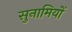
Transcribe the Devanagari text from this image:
सुनामियों